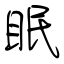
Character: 眠